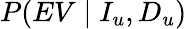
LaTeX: P(EV\mid I_{u},D_{u})